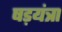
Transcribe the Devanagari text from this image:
षड़यंत्रा